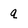
Character: q